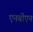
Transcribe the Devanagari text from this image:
एनबीएन